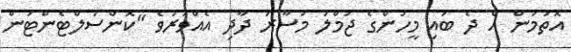
އޮތުމުން އެ ދެ ބައި މީހުންގެ ޖުމްލަ މުސާރަ ދާދި އެއްވަރުވެ "ކޮންސަލްޓެންޓުން